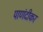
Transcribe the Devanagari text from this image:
पाणंदीकर